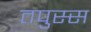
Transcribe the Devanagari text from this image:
तपुस्स